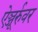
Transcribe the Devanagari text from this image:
ऐञ्जूर्रुवर